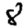
Digit: 8